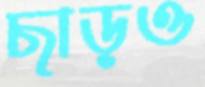
ছাড়ও